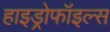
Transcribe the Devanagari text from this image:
हाइड्रोफॉइल्स